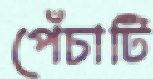
পেঁচাটি